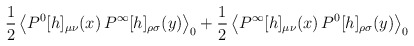
\begin{align*}\frac{1}{2} \left< P^0[h]_{\mu \nu}(x) \, P^\infty [h]_{\rho \sigma}(y) \right>_0 + \frac{1}{2} \left< P^\infty[h]_{\mu \nu}(x) \, P^0 [h]_{\rho \sigma}(y) \right>_0\end{align*}